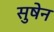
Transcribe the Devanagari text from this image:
सुषेन